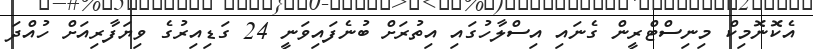
އެކޮނޮމިކް މިނިސްޓްރީން ގެނައި އިސްލާހުގައި އިތުރަށް ބުނެފައިވަނީ 24 ގަޑިއިރުގެ ވިޔަފާރިއަށް ހުއްދަ